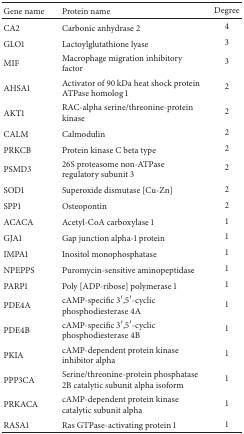
| Gene name | Protein name | Degree |
 | --- | --- | --- |
 | CA2 | Carbonic anhydrase 2 | 4 |
 | GLO1 | Lactoylglutathione lyase | 3 |
 | MIF | Macrophage migration inhibitory factor | 3 |
 | AHSA1 | Activator of 90 kDa heat shock protein ATPase homolog 1 | 2 |
 | AKT1 | RAC-alpha serine/threonine-protein kinase | 2 |
 | CALM | Calmodulin | 2 |
 | PRKCB | Protein kinase C beta type | 2 |
 | PSMD3 | 26S proteasome non-ATPase regulatory subunit 3 | 2 |
 | SOD1 | Superoxide dismutase [Cu-Zn] | 2 |
 | SPP1 | Osteopontin | 2 |
 | ACACA | Acetyl-CoA carboxylase 1 | 1 |
 | GJA1 | Gap junction alpha-1 protein | 1 |
 | IMPA1 | Inositol monophosphatase | 1 |
 | NPEPPS | Puromycin-sensitive aminopeptidase | 1 |
 | PARP1 | Poly [ADP-ribose] polymerase 1 | 1 |
 | PDE4A | cAMP-specific 3′,5′-cyclic phosphodiesterase 4A | 1 |
 | PDE4B | cAMP-specific 3′,5′-cyclic phosphodiesterase 4B | 1 |
 | PKIA | cAMP-dependent protein kinase inhibitor alpha | 1 |
 | PPP3CA | Serine/threonine-protein phosphatase 2B catalytic subunit alpha isoform | 1 |
 | PRKACA | cAMP-dependent protein kinase catalytic subunit alpha | 1 |
 | RASA1 | Ras GTPase-activating protein 1 | 1 |